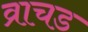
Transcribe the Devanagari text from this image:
व्राचड